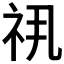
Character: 𬒯